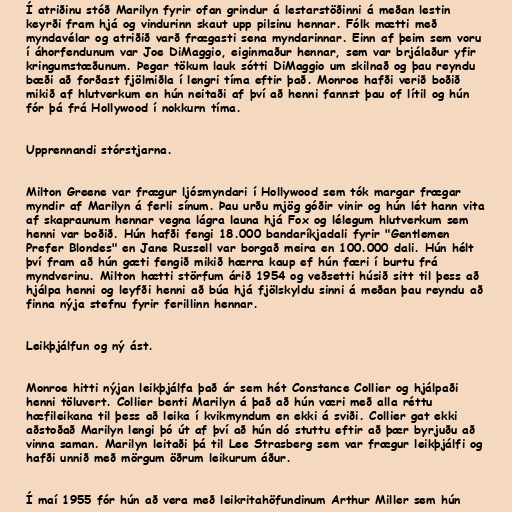
Í atriðinu stóð Marilyn fyrir ofan grindur á lestarstöðinni á meðan lestin
keyrði fram hjá og vindurinn skaut upp pilsinu hennar. Fólk mætti með
myndavélar og atriðið varð frægasti sena myndarinnar. Einn af þeim sem voru
í áhorfendunum var Joe DiMaggio, eiginmaður hennar, sem var brjálaður yfir
kringumstæðunum. Þegar tökum lauk sótti DiMaggio um skilnað og þau reyndu
bæði að forðast fjölmiðla í lengri tíma eftir það. Monroe hafði verið boðið
mikið af hlutverkum en hún neitaði af því að henni fannst þau of lítil og hún
fór þá frá Hollywood í nokkurn tíma.

Upprennandi stórstjarna.

Milton Greene var frægur ljósmyndari í Hollywood sem tók margar frægar
myndir af Marilyn á ferli sínum. Þau urðu mjög góðir vinir og hún lét hann vita
af skapraunum hennar vegna lágra launa hjá Fox og lélegum hlutverkum sem
henni var boðið. Hún hafði fengi 18.000 bandaríkjadali fyrir "Gentlemen
Prefer Blondes" en Jane Russell var borgað meira en 100.000 dali. Hún hélt
því fram að hún gæti fengið mikið hærra kaup ef hún færi í burtu frá
myndverinu. Milton hætti störfum árið 1954 og veðsetti húsið sitt til þess að
hjálpa henni og leyfði henni að búa hjá fjölskyldu sinni á meðan þau reyndu að
finna nýja stefnu fyrir ferillinn hennar.

Leikþjálfun og ný ást.

Monroe hitti nýjan leikþjálfa það ár sem hét Constance Collier og hjálpaði
henni töluvert. Collier benti Marilyn á það að hún væri með alla réttu
hæfileikana til þess að leika í kvikmyndum en ekki á sviði. Collier gat ekki
aðstoðað Marilyn lengi þó út af því að hún dó stuttu eftir að þær byrjuðu að
vinna saman. Marilyn leitaði þá til Lee Strasberg sem var frægur leikþjálfi og
hafði unnið með mörgum öðrum leikurum áður.

Í maí 1955 fór hún að vera með leikritahöfundinum Arthur Miller sem hún